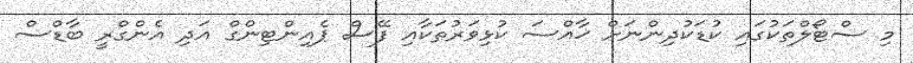
މި ސްޓޯލްތަކުގައި ކުޑަކުދިންނަށް ޚާއްސަ ކުޅިވަރުތަކާއި ފޭސް ޕެއިންޓިންގް އަދި އެންގްރީ ބާޑްސް